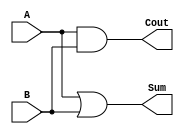
module halfadder(A,B,Sum,Cout);
input A,B;
output Sum,Cout;
and a1(Cout,A,B);
or o1(Sum,A,B);
endmodule